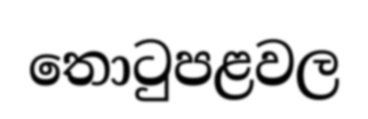
තොටුපළවල